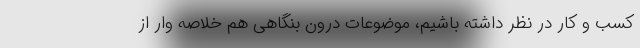
کسب و کار در نظر داشته باشیم، موضوعات درون بنگاهی هم خلاصه وار از